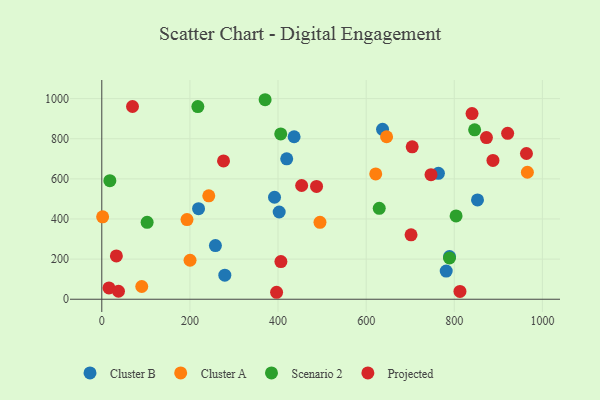
{"axis": {"x": "Study Hours", "y": "Salary"}, "legend": ["Cluster A", "Cluster B", "Projected", "Scenario 2"], "data": [{"x": "257.9", "y": 267.5, "type": "Cluster B"}, {"x": "279.2", "y": 120.0, "type": "Cluster B"}, {"x": "789.2", "y": 212.6, "type": "Cluster B"}, {"x": "637.2", "y": 847.1, "type": "Cluster B"}, {"x": "402.6", "y": 434.9, "type": "Cluster B"}, {"x": "436.5", "y": 809.9, "type": "Cluster B"}, {"x": "852.7", "y": 495.1, "type": "Cluster B"}, {"x": "419.7", "y": 699.6, "type": "Cluster B"}, {"x": "764.0", "y": 627.8, "type": "Cluster B"}, {"x": "392.0", "y": 508.4, "type": "Cluster B"}, {"x": "219.6", "y": 451.2, "type": "Cluster B"}, {"x": "781.7", "y": 140.2, "type": "Cluster B"}, {"x": "646.4", "y": 809.8, "type": "Cluster A"}, {"x": "965.9", "y": 633.0, "type": "Cluster A"}, {"x": "242.8", "y": 515.4, "type": "Cluster A"}, {"x": "495.2", "y": 383.1, "type": "Cluster A"}, {"x": "621.7", "y": 624.4, "type": "Cluster A"}, {"x": "1.9", "y": 411.0, "type": "Cluster A"}, {"x": "193.4", "y": 397.1, "type": "Cluster A"}, {"x": "90.7", "y": 63.6, "type": "Cluster A"}, {"x": "200.3", "y": 194.2, "type": "Cluster A"}, {"x": "804.1", "y": 415.1, "type": "Scenario 2"}, {"x": "18.3", "y": 591.1, "type": "Scenario 2"}, {"x": "370.7", "y": 994.4, "type": "Scenario 2"}, {"x": "406.1", "y": 824.0, "type": "Scenario 2"}, {"x": "789.1", "y": 206.0, "type": "Scenario 2"}, {"x": "102.9", "y": 383.3, "type": "Scenario 2"}, {"x": "629.7", "y": 453.0, "type": "Scenario 2"}, {"x": "846.2", "y": 844.5, "type": "Scenario 2"}, {"x": "218.0", "y": 960.3, "type": "Scenario 2"}, {"x": "33.1", "y": 215.7, "type": "Projected"}, {"x": "406.5", "y": 187.5, "type": "Projected"}, {"x": "921.1", "y": 826.8, "type": "Projected"}, {"x": "453.6", "y": 567.0, "type": "Projected"}, {"x": "812.9", "y": 38.9, "type": "Projected"}, {"x": "69.7", "y": 960.6, "type": "Projected"}, {"x": "887.8", "y": 691.8, "type": "Projected"}, {"x": "396.7", "y": 34.7, "type": "Projected"}, {"x": "840.3", "y": 925.6, "type": "Projected"}, {"x": "16.3", "y": 56.4, "type": "Projected"}, {"x": "747.2", "y": 620.6, "type": "Projected"}, {"x": "487.4", "y": 562.3, "type": "Projected"}, {"x": "873.0", "y": 805.7, "type": "Projected"}, {"x": "704.5", "y": 759.8, "type": "Projected"}, {"x": "276.3", "y": 689.4, "type": "Projected"}, {"x": "963.8", "y": 726.5, "type": "Projected"}, {"x": "701.9", "y": 320.9, "type": "Projected"}, {"x": "37.9", "y": 39.8, "type": "Projected"}]}